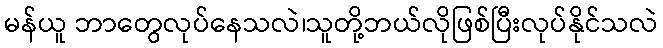
မန်ယူ ဘာတွေလုပ်နေသလဲ၊သူတို့ဘယ်လိုဖြစ်ပြီးလုပ်နိုင်သလဲ